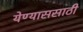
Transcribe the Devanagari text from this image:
येण्याससाठी